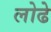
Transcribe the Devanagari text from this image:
लोढे